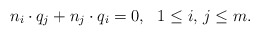
\begin{align*}n_i\cdot q_j + n_j\cdot q_i = 0,\ \ 1 \le i,\, j \le m.\end{align*}